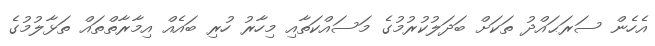
އެހެން ސަރަޙައްދު ތަކަށް ބަދަލުކުރުމުގެ މަސައްކަތާއި މިހާރު ހުރި ބައެއް އިމާރާތްތައް ތަޅާލުމުގެ